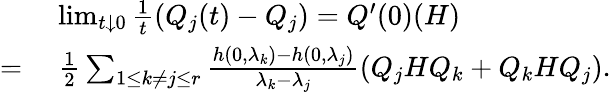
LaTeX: \begin{array}{rl}&{\; \operatorname*{lim}_{t\downarrow 0}\frac{1}{t}\left(Q_{j}(t)-Q_{j}\right)=Q^{\prime}(0)(H)}\\ {=}&{\; \frac{1}{2}\sum_{1\leq k\neq j\leq r}\frac{h(0,\lambda_{k})-h(0,\lambda_{j})}{\lambda_{k}-\lambda_{j}}\left(Q_{j}HQ_{k}+Q_{k}HQ_{j}\right).}\end{array}